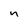
Character: n